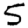
Digit: 5